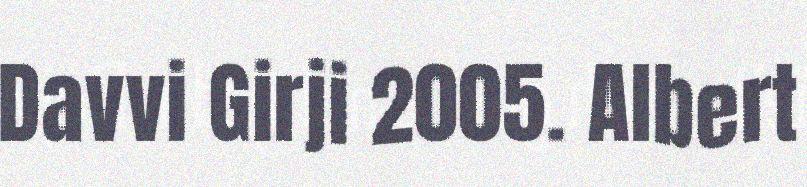
Davvi Girji 2005. Albert